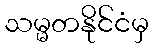
သမ္မတနိုင်ငံမှ